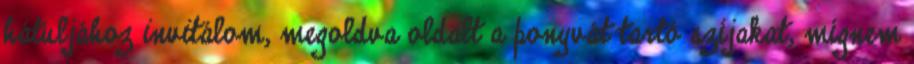
hátuljához invitálom, megoldva oldalt a ponyvát tartó szíjakat, mígnem